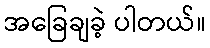
အခြေချခဲ့ ပါတယ်။